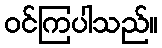
ဝင်ကြပါသည်။